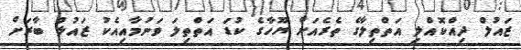
ޒައުލް ދިއްކޮއްލި އަތްތިލާގެ ތެރެއަށް ޔޫހާގެ ކުޑަ އަތްތިލަ ވަނުމާއިއެކު ޒައުލް ބާރަށް